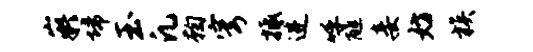
嶷埽玉凡鞠穹抵进呼醮妾妨族